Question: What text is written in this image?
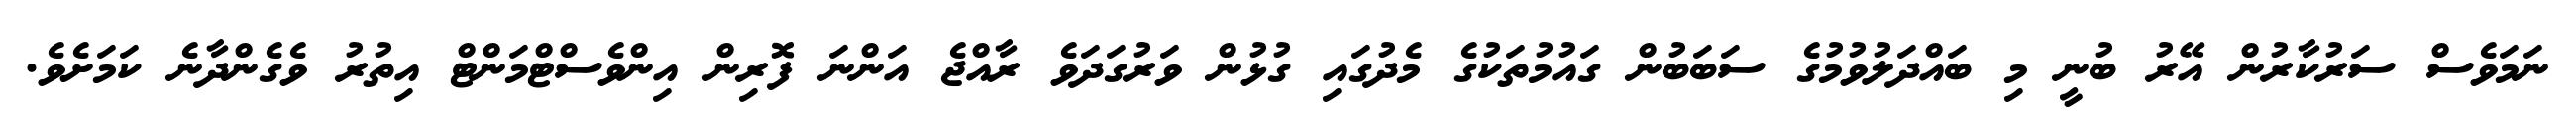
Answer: ނަމަވެސް ސަރުކާރުން އޭރު ބުނީ މި ބައްދަލުވުމުގެ ސަބަބުން ގައުމުތަކުގެ މެދުގައި ގުޅުން ވަރުގަދަވެ ރާއްޖެ އަންނަ ފޮރިން އިންވެސްޓްމަންޓް އިތުރު ވެގެންދާނެ ކަމަށެވެ.